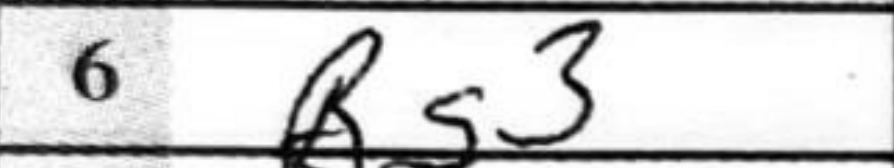
Transcription: Bg3